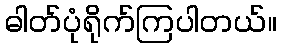
ဓါတ်ပုံရိုက်ကြပါတယ်။